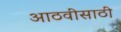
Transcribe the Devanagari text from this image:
आठवीसाठी